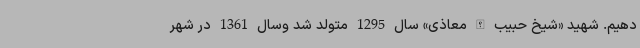
دهیم. شهید «شیخ حبیب الله معاذی» سال 1295 متولد شد وسال 1361 در شهر